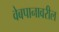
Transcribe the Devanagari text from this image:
वेबपानावरील